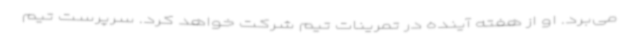
می‌برد. او از هفته آینده در تمرینات تیم شرکت خواهد کرد. سرپرست تیم